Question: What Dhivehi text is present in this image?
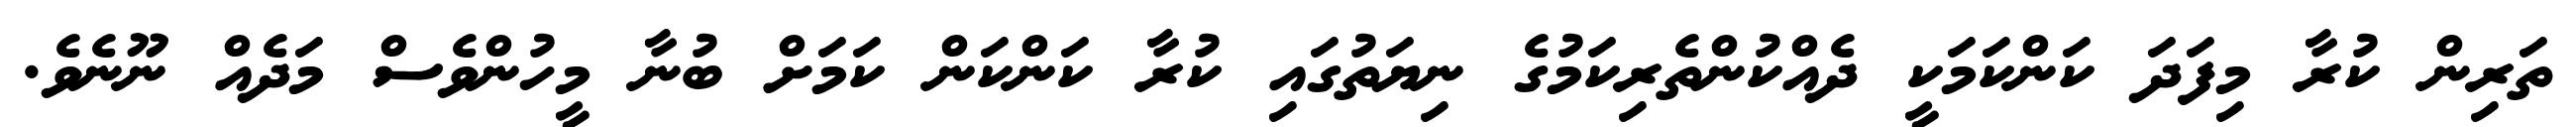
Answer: ތަރިން ކުރާ މިފަދަ ކަންކަމަކީ ދެއްކުންތެރިކަމުގެ ނިޔަތުގައި ކުރާ ކަންކަން ކަމަށް ބުނާ މީހުންވެސް މަދެއް ނޫނެވެ.